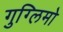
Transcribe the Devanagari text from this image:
गुग्लिमो